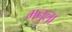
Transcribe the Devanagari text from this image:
मनुला